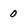
Character: 0